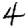
Digit: 4